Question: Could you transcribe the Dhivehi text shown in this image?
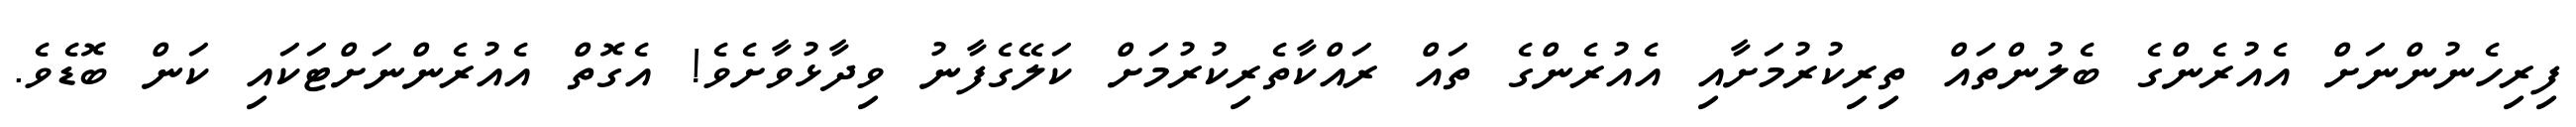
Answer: ފިރިހެނުންނަށް އެއުރެންގެ ބެލުންތައް ތިރިކުރުމަށާއި އެއުރެންގެ ތައް ރައްކާތެރިކުރުމަށް ކަލޭގެފާނު ވިދާޅުވާށެވެ! އެގޮތް އެއުރެންނަށްޓަކައި ކަން ބޮޑެވެ.